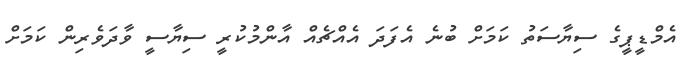
އެމްޑީޕީގެ ސިޔާސަތު ކަމަށް ބުނެ އެފަދަ އެއްޗެއް އާންމުކުރީ ސިޔާސީ ވާދަވެރިން ކަމަށް